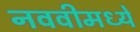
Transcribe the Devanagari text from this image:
नववीमध्ये